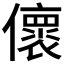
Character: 𠐦